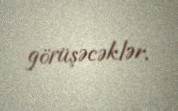
görüşəcəklər.